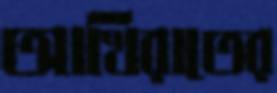
আখিরাতের